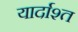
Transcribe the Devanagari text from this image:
यार्दाश्त